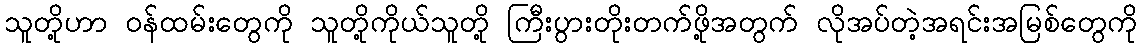
သူတို့ဟာ ဝန်ထမ်းတွေကို သူတို့ကိုယ်သူတို့ ကြီးပွားတိုးတက်ဖို့အတွက် လိုအပ်တဲ့အရင်းအမြစ်တွေကို